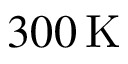
3 0 0 \, \mathrm { K }